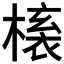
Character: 𭫱